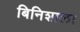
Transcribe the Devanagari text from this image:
बिनिशाला